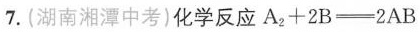
7.(湖南湘潭中考)化学反应$$A _ { 2 } + 2 B = 2 A B$$